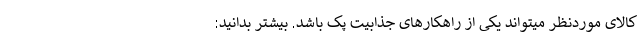
کالای موردنظر میتواند یکی از راهکارهای جذابیت پک باشد. بیشتر بدانید: